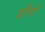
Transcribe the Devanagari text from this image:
डोंगों